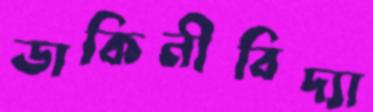
ডাকিনীবিদ্যা